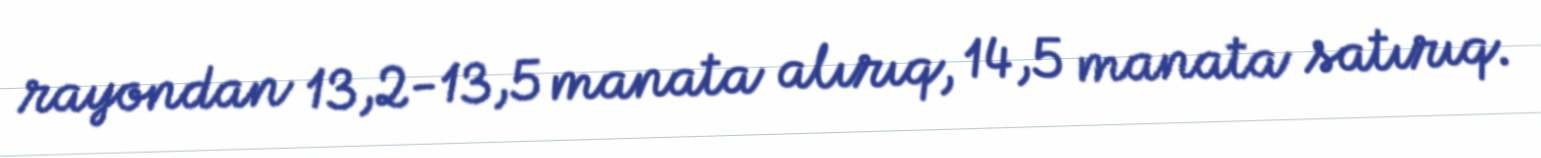
rayondan 13,2-13,5 manata alırıq, 14,5 manata satırıq.